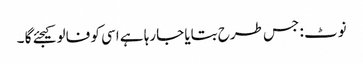
نوٹ : جس طرح بتایا جارہا ہے اسی کو فالو کیجئے گا ۔